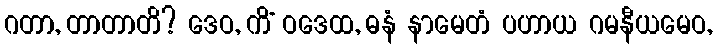
ဂတာ, တာတာတိ? ဒေဝ, ကိံ ဝဒေထ, ဓနံ နာမေတံ ပဟာယ ဂမနီယမေဝ,